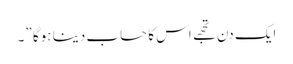
ایک دن تجھے اس کا حساب دینا ہوگا ”۔